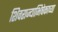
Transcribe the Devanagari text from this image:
शिवराज्याभिषेकाच्या